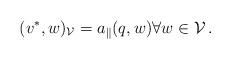
LaTeX: \begin{align*} (v^{\ast},w)_{\mathcal{V}}=a_{\|}(q,w)\forall w\in \mathcal{V}\,.\end{align*}